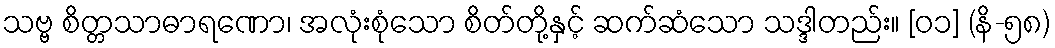
သဗ္ဗ စိတ္တသာဓာရဏော၊ အလုံးစုံသော စိတ်တို့နှင့် ဆက်ဆံသော သဒ္ဒါတည်း။ [၀၁] (နိ-၅၈)